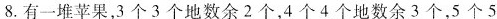
8.有一堆苹果，3个3个地数余2个，4个4个地数余3个，5个5